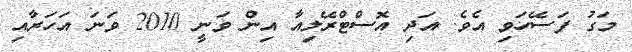
މަގު ފަސޭހަވި އެވެ. އަދި އޮސްޓްރޭލިއާ އިން ވަނީ 2010 ވަނަ އަހަރާއި